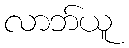
လာဘ်ယူ